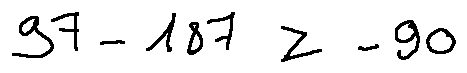
9 7 - 1 8 7 \geq - 9 0